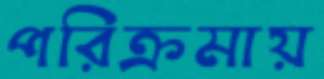
পরিক্রমায়